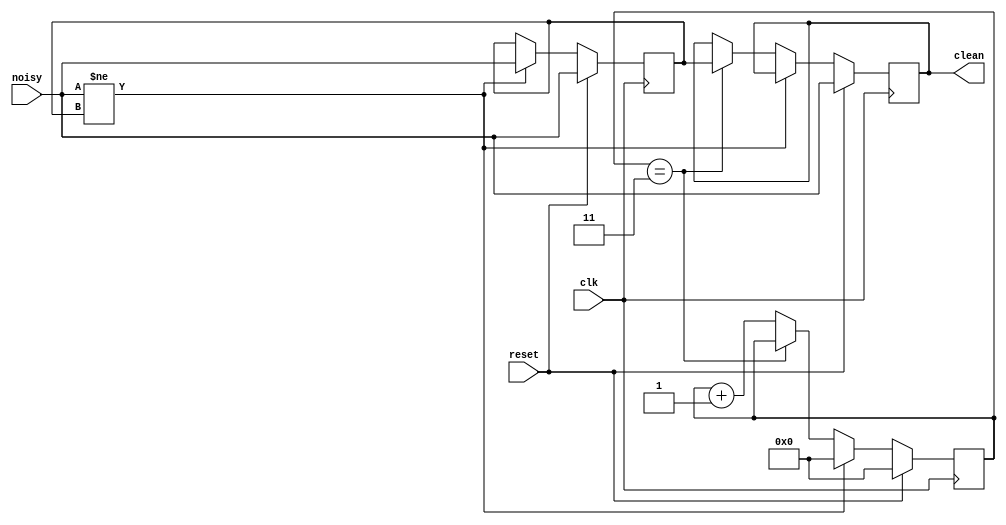
`timescale 1ns / 1ps
//////////////////////////////////////////////////////////////////////////////////
// Company: 
// Engineer: 
// 
// Design Name: 
// Module Name:    Debouncer 
// Project Name: 
// Target Devices: 
// Tool versions: 
// Description: 
//
// Dependencies: 
//
// Revision: 
// Revision 0.01 - File Created
// Additional Comments: 
//
//////////////////////////////////////////////////////////////////////////////////
module Debouncer(reset, clk, noisy, clean);
   parameter DELAY = 3;   // .01 sec with a 27Mhz clock
   input reset, clk, noisy;
   output clean;

   reg [18:0] count;
   reg new, clean;

   always @(posedge clk)
     if (reset)
       begin
		  count <= 0;
		  new <= noisy;
		  clean <= noisy;
       end
     else if (noisy != new)
       begin
			new <= noisy;
			count <= 0;
       end
     else if (count == DELAY)
       clean <= new;
     else
       count <= count+1;
      
endmodule